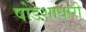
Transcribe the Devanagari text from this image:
षोडशाधारी